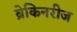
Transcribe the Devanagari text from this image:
ब्रेकिनरीज